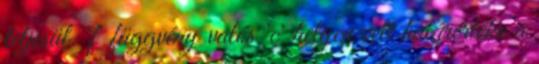
teljesül. 'f' függvény valós 'c' helyen vett határértéke a